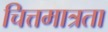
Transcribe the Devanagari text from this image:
चित्तमात्रता